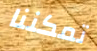
تمكننا